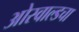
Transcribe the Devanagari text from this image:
ओस्वाल्डचा